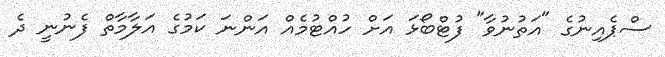
ސްޕެއިނުގެ "އަތުނުވާ" ފުޓްބޯޅަ އަށް ހުއްޓުމެއް އަންނަ ކަމުގެ އަލާމާތް ފެނުނީ ދެ